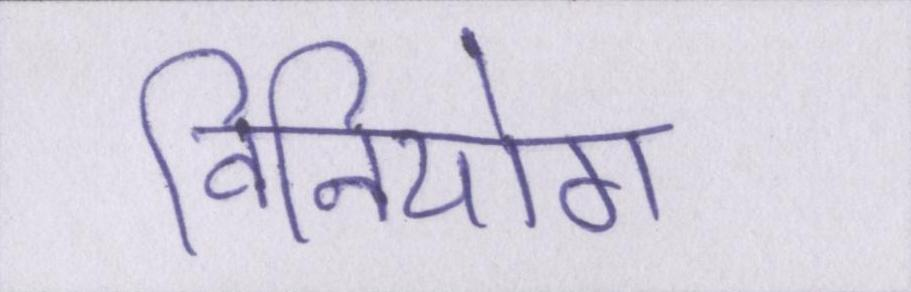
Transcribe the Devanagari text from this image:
विनियोग